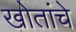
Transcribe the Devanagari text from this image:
खोतांचे